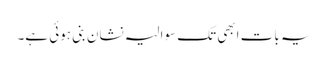
یہ بات ابھی تک سوالیہ نشان بنی ہوئی ہے۔